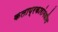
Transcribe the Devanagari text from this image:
कलाप्रकारांमधील